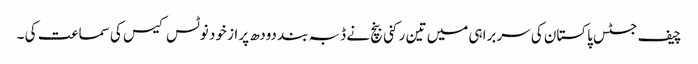
چیف جسٹس پاکستان کی سربراہی میں تین رکنی بنچ نے ڈبہ بند دودھ پر از خود نوٹس کیس کی سماعت کی ۔